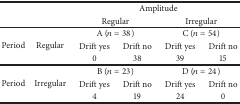
| <ROWSPAN=2-COLSPAN=2>  | <COLSPAN=4> Amplitude |
 | <COLSPAN=2> Regular | <COLSPAN=2> Irregular |
 | --- | --- | --- | --- | --- | --- |
 | <ROWSPAN=3> Period | <ROWSPAN=3> Regular | <COLSPAN=2> A (n = 38) | <COLSPAN=2> C (n = 54) |
 | Drift yes | Drift no | Drift yes | Drift no |
 | 0 | 38 | 39 | 15 |
 | <ROWSPAN=3> Period | <ROWSPAN=3> Irregular | <COLSPAN=2> B (n = 23) | <COLSPAN=2> D (n = 24) |
 | Drift yes | Drift no | Drift yes | Drift no |
 | 4 | 19 | 24 | 0 |